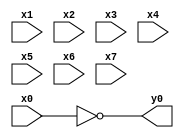
module top( x0 , x1 , x2 , x3 , x4 , x5 , x6 , x7 , y0 );
  input x0 , x1 , x2 , x3 , x4 , x5 , x6 , x7 ;
  output y0 ;
  assign y0 = ~x0 ;
endmodule